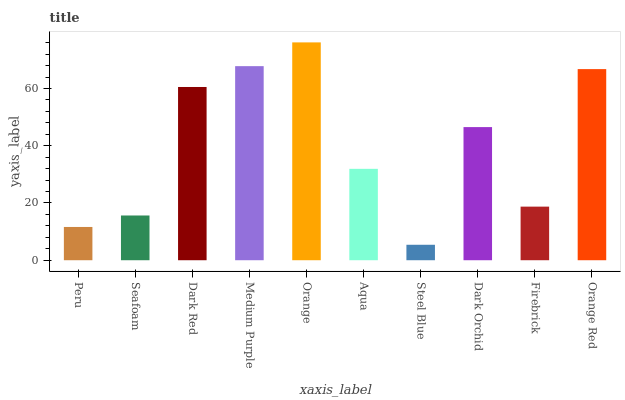
| xaxis_label | bars |
 | --- | --- |
 | Peru | 11.6 |
 | Seafoam | 15.6 |
 | Dark Red | 60.5 |
 | Medium Purple | 67.8 |
 | Orange | 76.1 |
 | Aqua | 31.9 |
 | Steel Blue | 5.4 |
 | Dark Orchid | 46.5 |
 | Firebrick | 18.7 |
 | Orange Red | 66.8 |